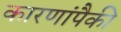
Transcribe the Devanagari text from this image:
कारणांपैकी